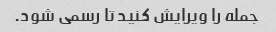
جمله را ویرایش کنید تا رسمی شود.